Calcutta medical institutions reports 1892-1900
Year: 1892
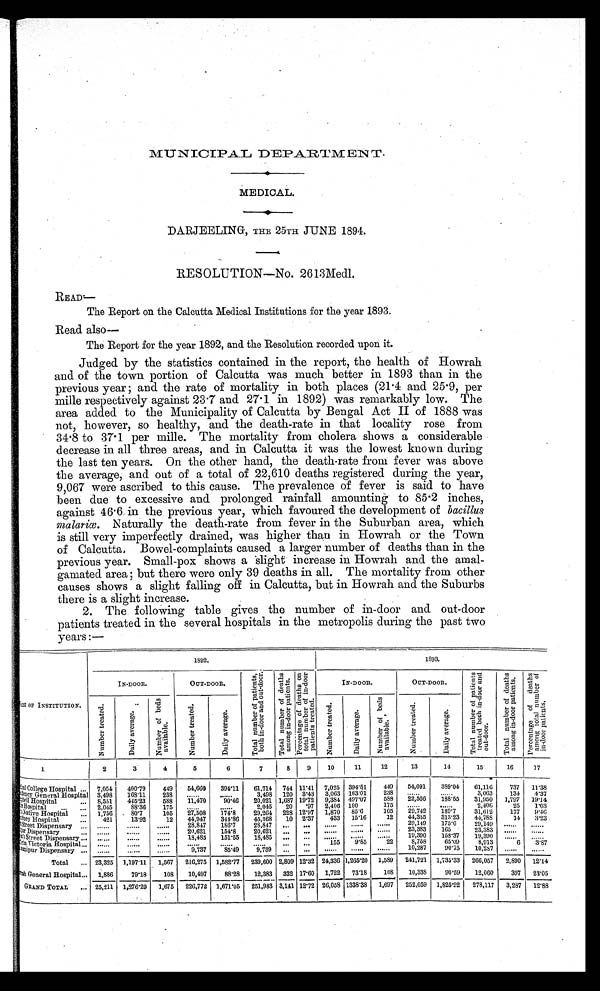
MUNICIPAL DEPARTMENT.
MEDICAL.
DARJEELING, THE 25TH JUNE 1894.
RESOLUTION—No. 2613Medl.
READ—
The Report on the Calcutta Medical Institutions for the year 1893.
Read also —
The Report for the year 1892, and the Resolution recorded upon it.
Judged by the statistics contained in the report, the health of Howrah
and of the town portion of Calcutta was much better in 1893 than in the
previous year; and the rate of mortality in both places (21.4 and 25.9, per
mille respectively against 23.7 and 27.1 in 1892) was remarkably low. The
area added to the Municipality of Calcutta by Bengal Act II of 1888 was
not, however, so healthy, and the death-rate in that locality rose from
34.8 to 37.1 per mille. The mortality from cholera shows a considerable
decrease in all three areas, and in Calcutta it was the lowest known during
the last ten years. On the other hand, the death-rate from fever was above
the average, and out of a total of 22,610 deaths registered during the year,
9,067 were ascribed to this cause. The prevalence of fever is said to have
been due to excessive and prolonged rainfall amounting to 85.2 inches,
against 46.6 in the previous year, which favoured the development of bacillus
malariœ. Naturally the death-rate from fever in the Suburban area, which
is still very imperfectly drained, was higher than in Howrah or the Town
of Calcutta, Bowel-complaints caused a larger number of deaths than in the
previous year. Small-pox shows a slight increase in Howrah and the amal-
gamated area; but there were only 39 deaths in all. The mortality from other
causes shows a slight falling off in Calcutta, but in Howrah and the Suburbs
there is a slight increase.
2. The following table gives the number of in-door and out-door
patients treated in the several hospitals in the metropolis during the past two
years :—
NAME OF INSTITUTION.
1892.
1893.
IN-DOOR.
OUT-DOOR.
T o t a l n u m b e r o f p a t i e n t s , b o t h i n - d o o r a n d o u t - d o o r . T o t a l n u m b e r o f d e a t h s a m o n g i n - d o o r p a t i e n t s . P e r c e n t a g e o f d e a t h s o n t o t a l n u m b e r o f i n - d o o r p a t i e n t s t r e a t e d .
IN-DOOR.
OUT-DOOR.
T o t a l n u m b e r o f p a t i e n t s t r e a t e d b o t h i n - d o o r a n d o u t - d o o r .
T o t a l n u m b e r o f d e a t h s a m o n g i n - d o o r p a t i e n t s .
P e r c e n t a g e o f d e a t h s a m o n g t o t a l n u m b e r o f i n - d o o r p a t i e n t s .
N u m b e r t r e a t e d .
D a i l y a v e r a g e .
N u m b e r o f b e d s a v a i l a b l e .
N u m b e r t r e a t e d .
D a i l y a v e r a g e .
N u m b e r t r e a t e d .
D a i l y a v e r a g e .
N u m b e r o f b e d s a v a i l a b l e .
N u m b e r t r e a t e d .
D a i l y a v e r a g e .
1
2
3 4
5
6
7
8 9 10
11
12
13
14
15
16
17
Medical College Hospital ... 7,054 4 0 0 . 7 9
449 54,660 394.11 61.714 744 11.41 7,025 394.51 449 54,091 389.04 61,116 737 11.38
Presidency General Hospital 3,498 168.11 238 ...... ......
3,498 120 3.43 3,063 163.01 238
. . . . . . ......
3,063 134 4.37
Cambell Hospital
... 8,551 445.23 588 11,470 90.46 20,021 1,687 19.72 9,384 497.07 588 22,566 188.55 31,950 1, 797 19.14
Pol i ce Hospi tal ... ... 2,045
88.36 175 ...... ......
2,045 20 .97 2,406 100
175
. . . . . . ......
2,406
25 1.03
Mayo Native Hospital ... 1,756
80.7
105 27,508 174.8 29,264 228 12.97 1,870 85.6
105 29,742 189.7 31,612 177 9.46
Chandney Hospital
. . . 421
13.92
12 44,947 344.86 45,368 10 2.37 433 15.16
12 44,355 313.23 44,788
14 3.23
Park Street Dispensary ...
. . . . . .
. . . . . . ......
28,847 186.7 28,847
. . . . . .
. . . . . .
. . . . . .
. . . . . . 29,149 175.6 29,149
. . . . . .
. . . . . .
Chitpur Dispensary
...
. . . . . .
. . . . . . ...... 20,621 154.8 20,621
. . . . . .
. . . . . .
. . . . . .
. . . . . . 23,383 165
23,383
. . . . . .
. . . . . .
Sukea' s Street Dispensary ... ......
. . . . . . ...... 18,485 151.55 18,485 . . .
. . .
. . . . . . ......
. . . . . . 19,390 158.37 19,390
. . . . . .
. . . . . .
Dufferin Victoria Hospital . . .
. . . . . .
. . . . . . ............ ...... ......
... ...
155 9.85
22
8,758
65.09
8,913
6 3.87
Bhawanipur Dispensary ... ......
. . . . . . ...... 9,737 85.49 9,739
. . .
. . .
. . . . . .
. . . . . .
. . . . . . 10,287
90.75 10,287
. . . . . .
. . . . . .
Total ... 23,325 1,197.11 1,567 216,275 1,582.77 239,600 2,809 12.32 24,336 1,265.20 1,589 241,721 1,735.33 266,057 2,890 12.14
Howrah General Hospital . . . 1,886
79.18 108 10,497 88.28 12,383 332 17.60 1,722 73.18 108 10,338
90.59 12,060 397 23.05
GRAND TOTAL ... 25,211 1,276.29 1,675 226,772 1,671.05 251,983 3,141 12.72 26,058 1338.38 1,697 252,059 1,825.92 278,117 3,287 12.88